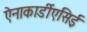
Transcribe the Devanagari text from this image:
ऐनाकार्डीएसिई